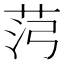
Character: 𰰸